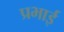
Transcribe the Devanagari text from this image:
प्रभाई